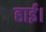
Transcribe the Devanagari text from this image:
हाई।